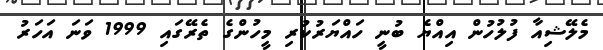
މެލޭޝިއާ ފުލުހުން އިއްޔެ ބުނީ ހައްޔަރުކުރި މީހުންގެ ތެރޭގައި 1999 ވަނަ އަހަރު